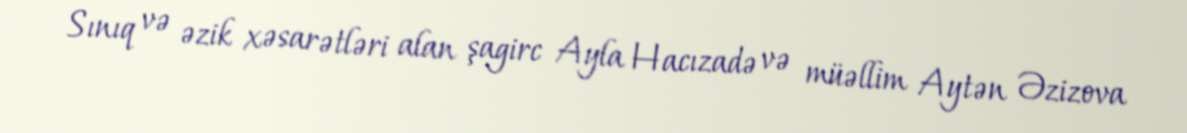
Sınıq və əzik xəsarətləri alan şagirc Ayla Hacızadə və müəllim Aytən Əzizova